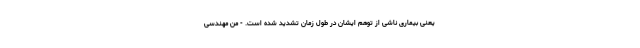
یعنی بیماری ناشی از توهم ایشان در طول زمان تشدید شده است. - من مهندسی